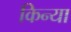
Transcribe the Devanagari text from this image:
किन्या